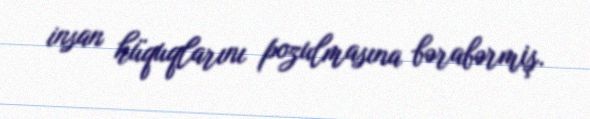
insan hüquqlarını pozulmasına bərabərmiş.